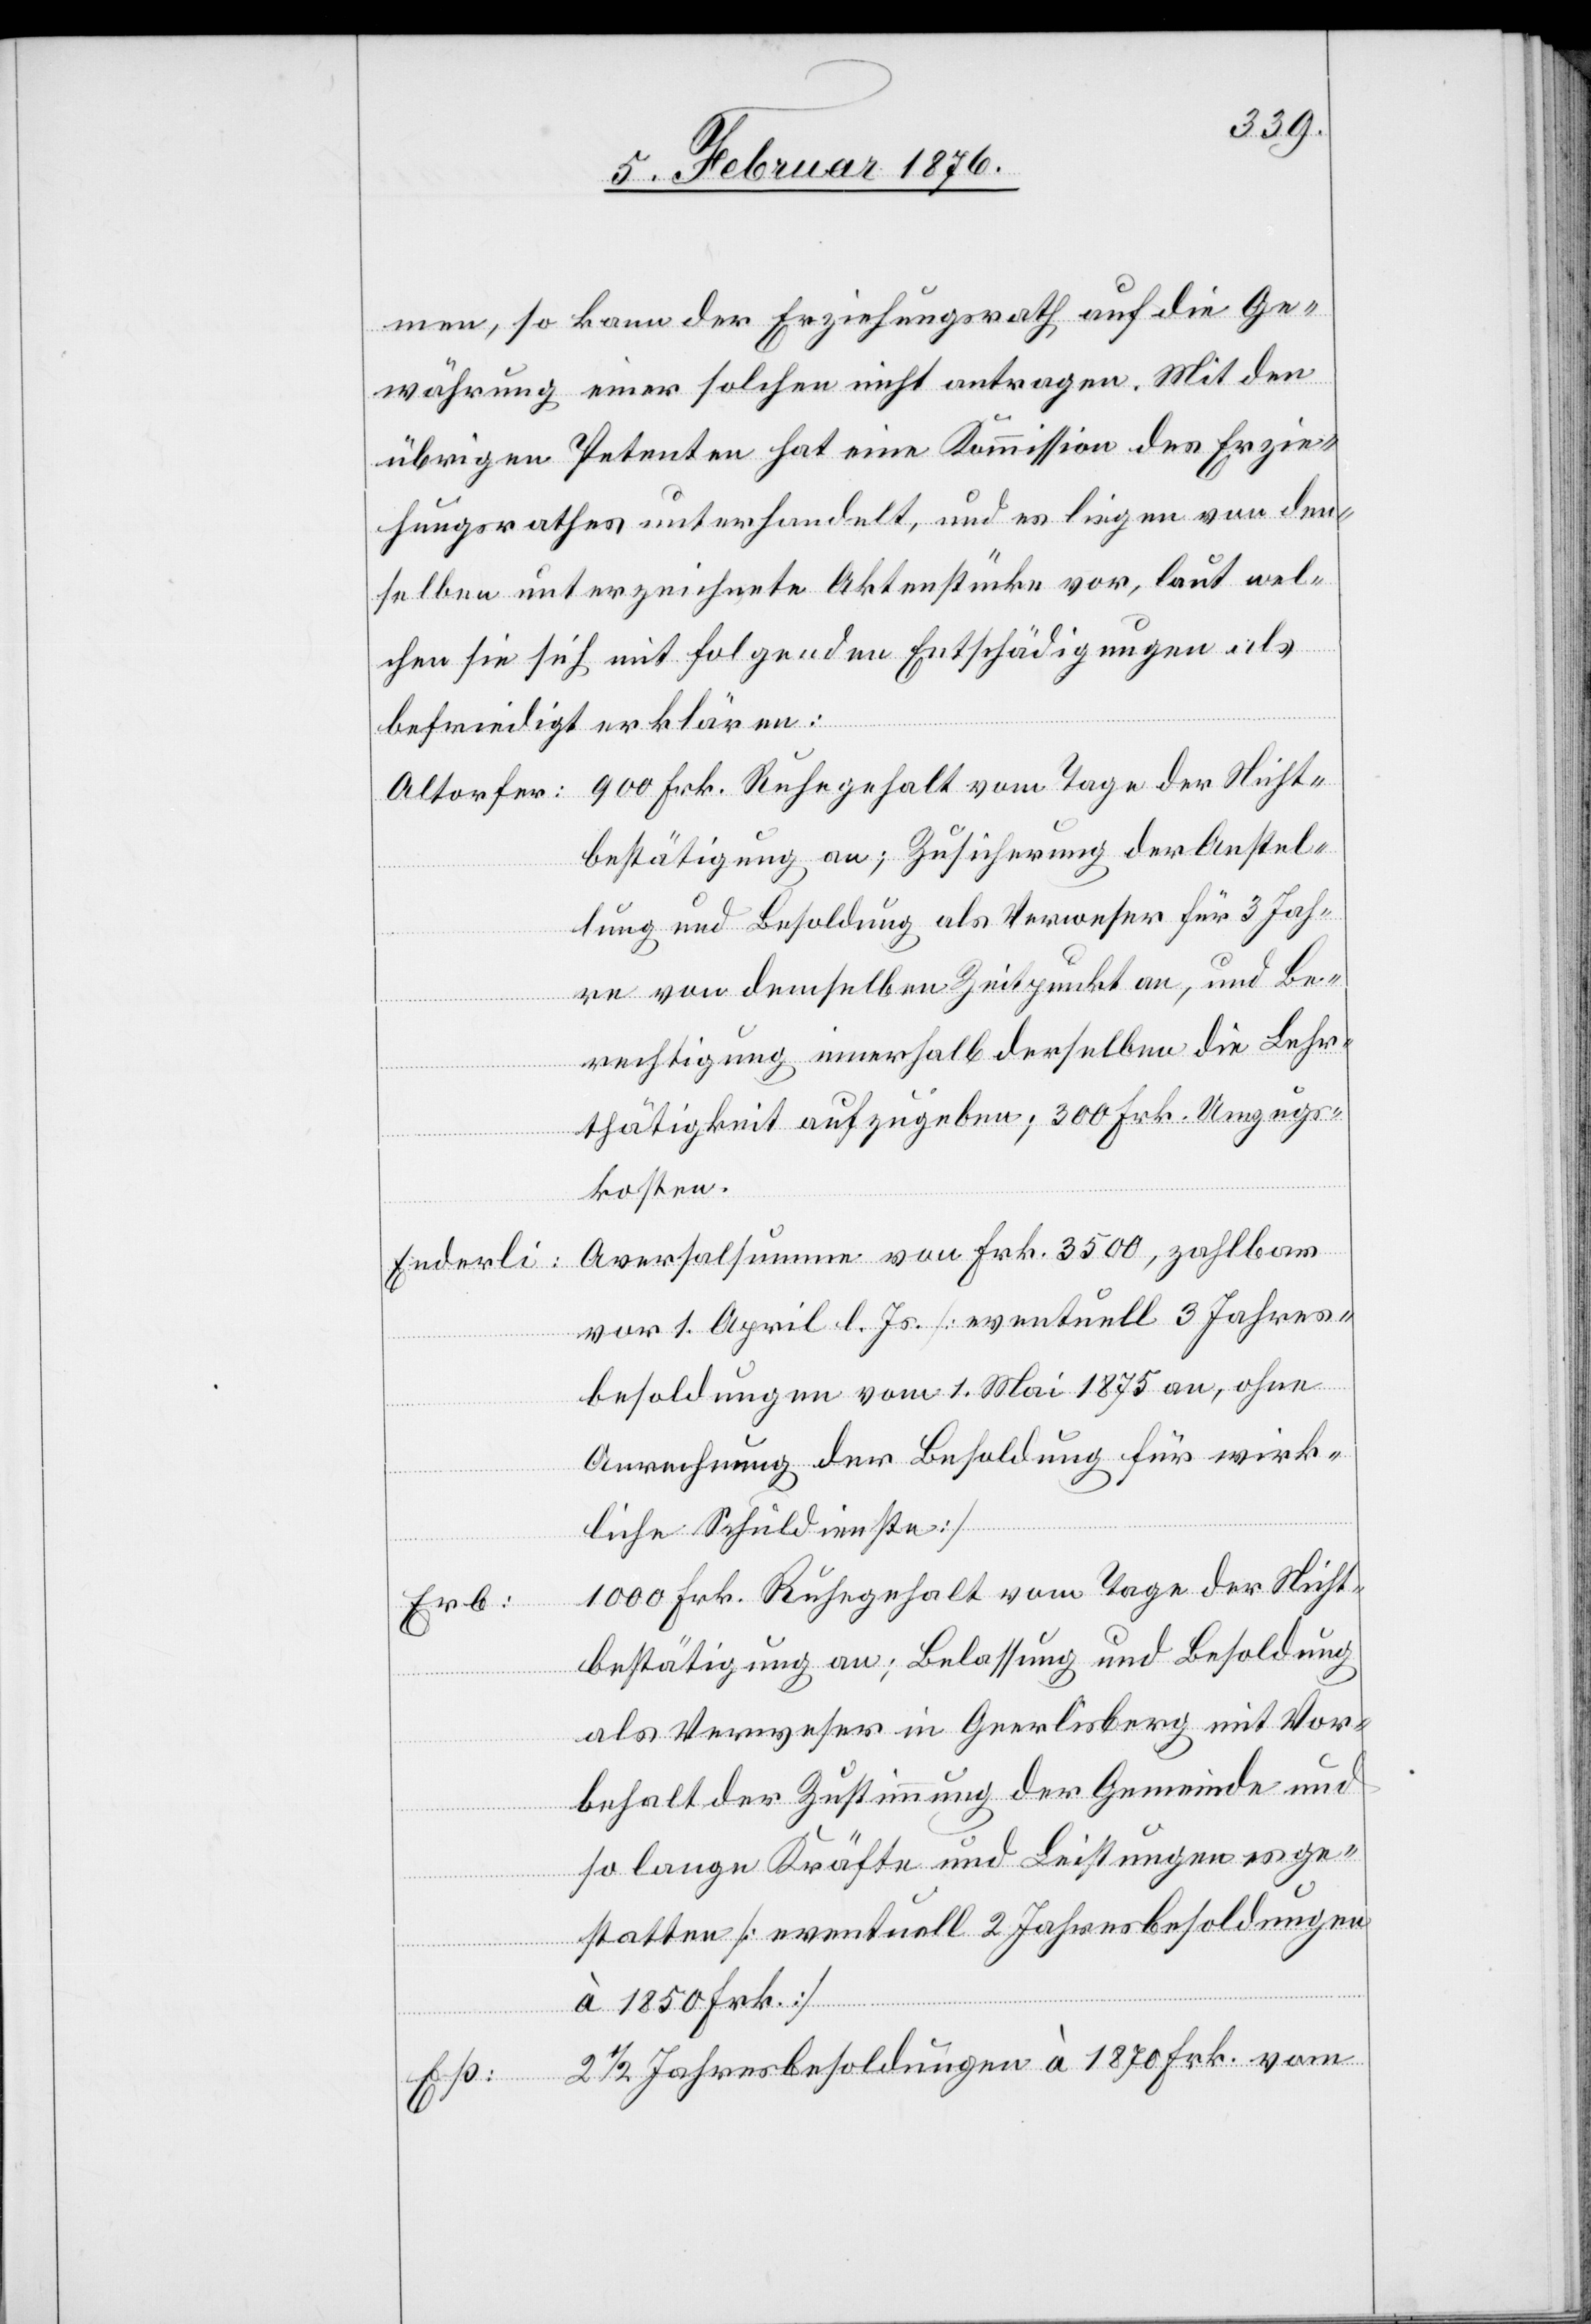
men, so kann der Erziehungsrath auf die Ge¬
währung einer solchen nicht antragen. Mit den
übrigen Petenten hat eine Kommission des Erzie¬
hungsrathes unterhandelt, und es liegen nun den¬
selben unterzeichnete Aktenstücke vor, laut wel¬
chen sie sich mit folgenden Entschädigungen als
befriedigt erklären:
bestätigung an; Zusicherung der Anstel¬
lung und Besoldung als Verweser für 3 Jah¬
re von demselben Zeitpunkt an, und Be¬
rechtigung innerhalb derselben die Lehr¬
thätigkeit aufzugeben; 300 Frk. Umzugs¬
kosten.
Aversalsumme von Frk. 3500, zahlbar
Enderli:
vor 1. April l. Js. [eventuell 3 Jahres¬
besoldungen vom 1. Mai 1875 an, ohne
Anrufung der Besoldung für wirk¬
liche Schuldienste]
1000 Frk. Ruhegehalt vom Tage der Nicht¬
Erb:
bestätigung an, Belassung und Besoldung
als Verweser in Geerlisberg mit Vor¬
behalt der Zustimmung der Gemeinde und
so lange Kräfte und Leistungen es ge¬
statten [eventuell 2 Jahresbesoldungen
à 1850 Frk.]
2 1/2 Jahresbesoldungen à 1870 Frk. vom